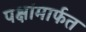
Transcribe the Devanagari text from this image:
पक्षांमार्फत